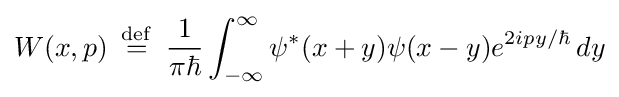
W(x,p)\,\ {\stackrel {\mathrm {def} }{=}}\ \,{\frac {1}{\pi \hbar }}\int _{-\infty }^{\infty }\psi ^{*}(x+y)\psi (x-y)e^{2ipy/\hbar }\,dy